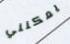
يمكنني